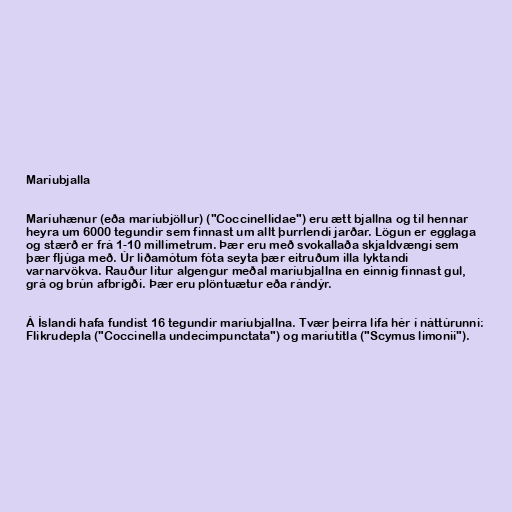
Maríubjalla

Maríuhænur (eða maríubjöllur) ("Coccinellidae") eru ætt bjallna og til hennar
heyra um 6000 tegundir sem finnast um allt þurrlendi jarðar. Lögun er egglaga
og stærð er frá 1-10 millimetrum. Þær eru með svokallaða skjaldvængi sem
þær fljúga með. Úr liðamótum fóta seyta þær eitruðum illa lyktandi
varnarvökva. Rauður litur algengur meðal maríubjallna en einnig finnast gul,
grá og brún afbrigði. Þær eru plöntuætur eða rándýr.

Á Íslandi hafa fundist 16 tegundir maríubjallna. Tvær þeirra lifa hér í náttúrunni:
Flikrudepla ("Coccinella undecimpunctata") og maríutítla ("Scymus limonii").